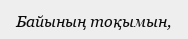
Байының тоқымын,